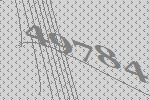
49784